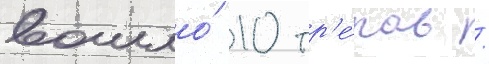
вошло́ 10 тр'е́ков /